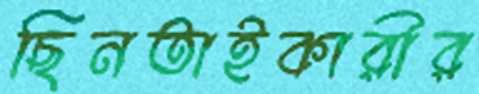
ছিনতাইকারীর